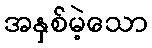
အနှစ်မဲ့သော